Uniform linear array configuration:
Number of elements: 24
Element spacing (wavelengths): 0.25
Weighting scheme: blackman
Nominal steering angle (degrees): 45
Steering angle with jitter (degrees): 46.385
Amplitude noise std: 0.05
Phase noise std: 0.05

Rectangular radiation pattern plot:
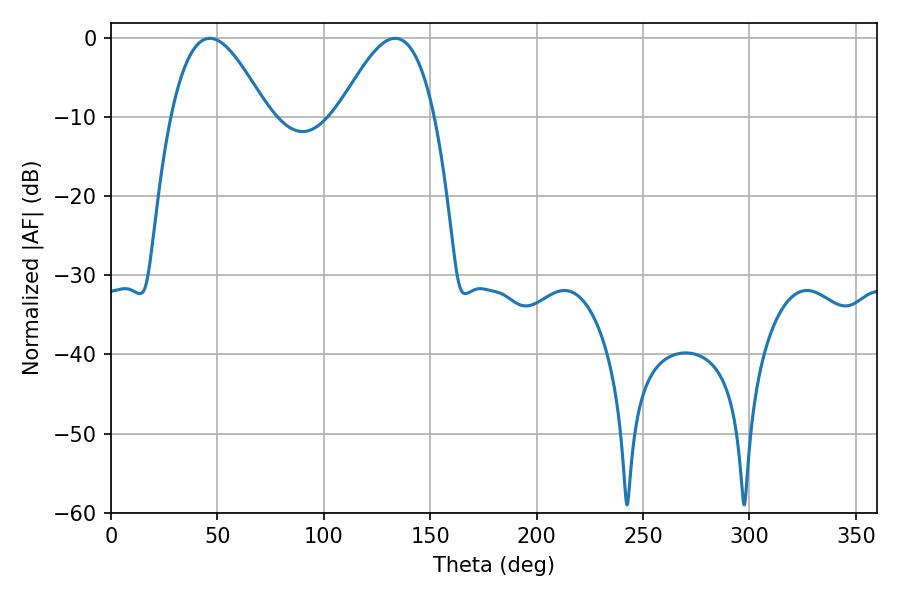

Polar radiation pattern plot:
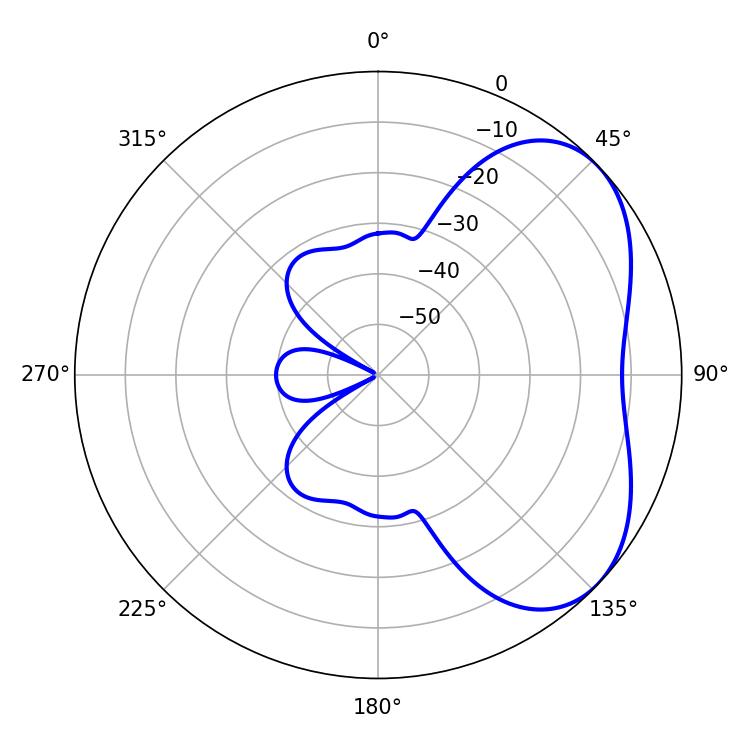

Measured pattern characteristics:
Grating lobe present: FALSE
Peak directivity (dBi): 4.411
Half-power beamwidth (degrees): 24.48
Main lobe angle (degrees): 46.44